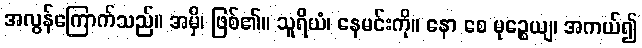
အလွန်ကြောက်သည်။ အမှိ၊ ဖြစ်၏။ သူရိယံ၊ နေမင်းကို။ နော စေ မုဉ္စေယျ၊ အကယ်၍